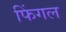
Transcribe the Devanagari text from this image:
फिंगल